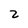
Character: 2